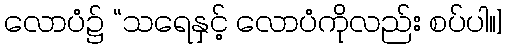
လောပံ၌ “သရေနှင့် လောပံကိုလည်း စပ်ပါ။]